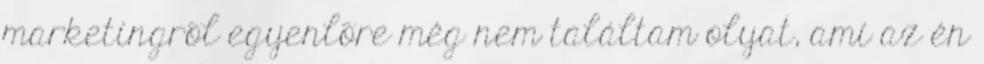
marketingrõl egyenlõre még nem találtam olyat, ami az én